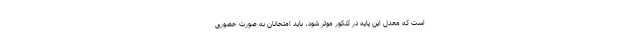
است که معدل این پایه در کنکور موثر شود، باید امتحانان به صورت حضوری